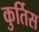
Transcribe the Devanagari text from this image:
कुर्तिस